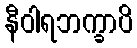
နီဝါရဘက္ခာပိ